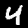
Label: 4